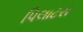
પિલાટસ